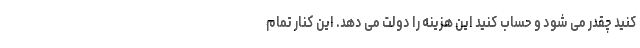
کنید چقدر می شود و حساب کنید این هزینه را دولت می دهد. این کنار تمام